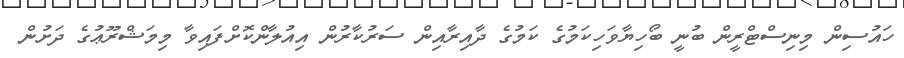
ހައުސިން މިނިސްޓްރީން ބުނީ ބޯހިޔާވަހިކަމުގެ ކަމުގެ ދާއިރާއިން ސަރުކާރުން އިއުލާންކޮށްފައިވާ މިމަޝްރޫޢުގެ ދަށުން